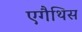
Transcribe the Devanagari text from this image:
एगैथिस